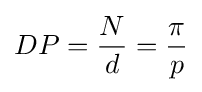
DP={\frac {N}{d}}={\frac {\pi }{p}}